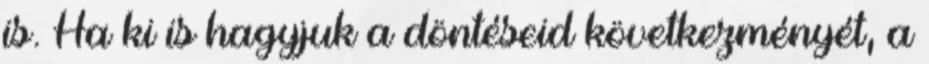
is. Ha ki is hagyjuk a döntéseid következményét, a